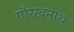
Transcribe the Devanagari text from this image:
गौरखनाथ